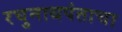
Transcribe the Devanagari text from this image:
रघुनाथपंताचा